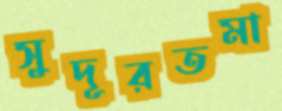
সুদূরতমা